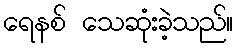
ရေနစ် သေဆုံးခဲ့သည်။